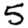
Digit: 5